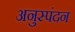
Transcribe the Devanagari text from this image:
अनुस्पंदन